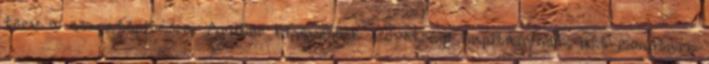
terv a csapatépítésre. Amikor kineveztek szövetségi kapitánynak, azt mondtam,